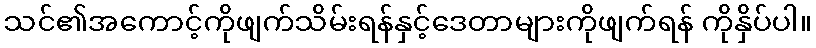
သင်၏အကောင့်ကိုဖျက်သိမ်းရန်နှင့်ဒေတာများကိုဖျက်ရန် ကိုနှိပ်ပါ။